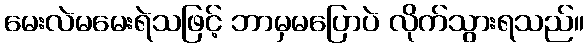
မေးလဲမမေးရဲသဖြင့် ဘာမှမပြောပဲ လိုက်သွားရသည်။